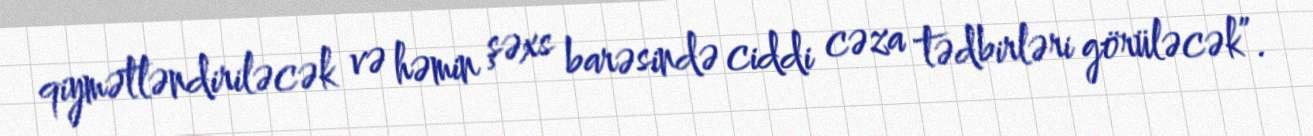
qiymətləndiriləcək və həmin şəxs barəsində ciddi cəza tədbirləri görüləcək”.